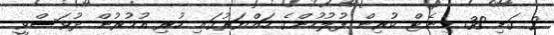
2 ގަޑި 38 މިނެޓް ކުރިން ފުލުހުންގެ ހައްޔަރުގައި ހުރި އުމުރުން ދުވަސްވީ